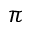
\pi